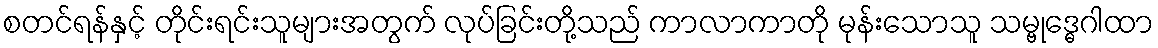
စတင်ရန်နှင့် တိုင်းရင်းသူများအတွက် လုပ်ခြင်းတို့သည် ကာလာကာတို မုန်းသောသူ သမ္ဗုဒ္ဓေဂါထာ